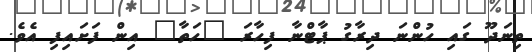
ތިނަދޫ ގައި ހުންނަ ދިރާގު ޕާޓްނާ ފިހާރަ "ހަތާ" އިން ފަށައިފި އެވެ.